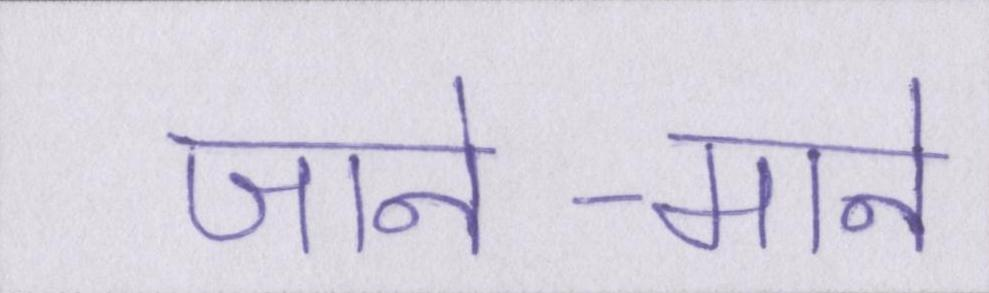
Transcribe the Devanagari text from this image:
जाने-माने